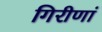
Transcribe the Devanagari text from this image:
गिरीणां